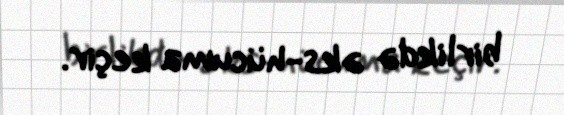
birlikdə əks-hücuma keçir.